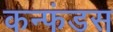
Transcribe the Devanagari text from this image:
कन्फंडस